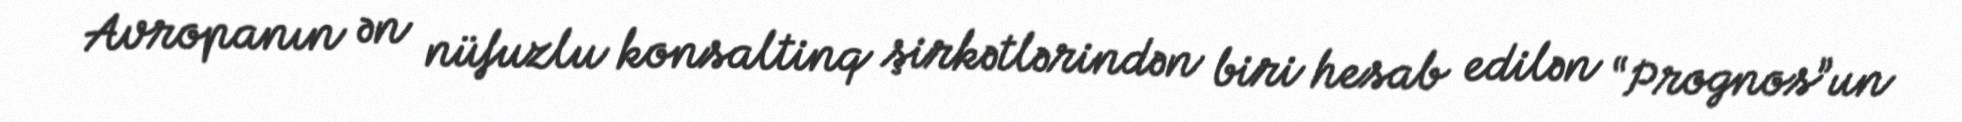
Avropanın ən nüfuzlu konsaltinq şirkətlərindən biri hesab edilən “Prognos”un